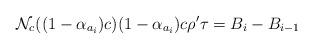
LaTeX: \begin{align*}\mathcal{N}_c((1-\alpha_{a_i})c)(1-\alpha_{a_i})c\rho'\tau=B_{i}-B_{i-1}\end{align*}